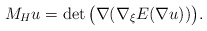
\begin{align*}M_H u = \det \big(\nabla (\nabla_\xi E(\nabla u))\big).\end{align*}